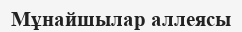
Мұнайшылар аллеясы